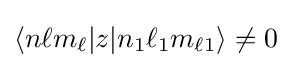
\langle n\ell m_{\ell }|z|n_{1}\ell _{1}m_{\ell 1}\rangle \neq 0